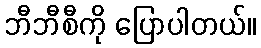
ဘီဘီစီကို ပြောပါတယ်။